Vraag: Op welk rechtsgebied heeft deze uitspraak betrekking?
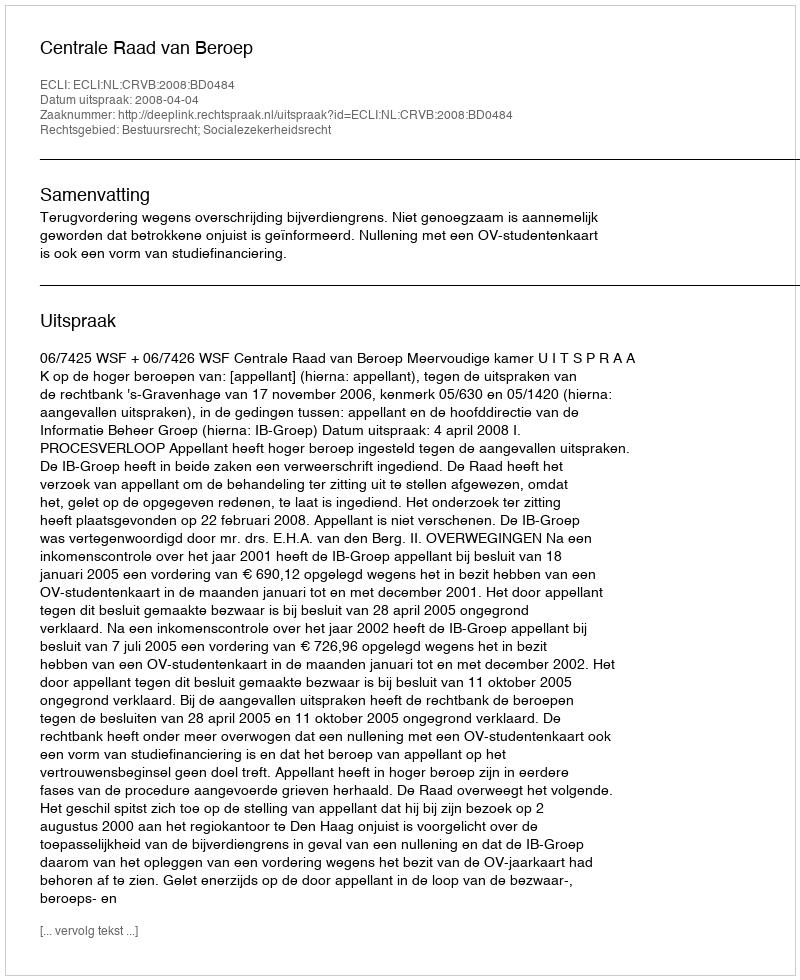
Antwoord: Bestuursrecht; Socialezekerheidsrecht